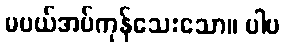
မပယ်အပ်ကုန်သေးသော။ ပါပ